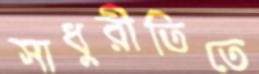
সাধুরীতিতে